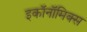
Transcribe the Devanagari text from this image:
इकॉनॉमिक्‍स